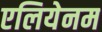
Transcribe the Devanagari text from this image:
एलियेनम